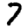
Digit: 7